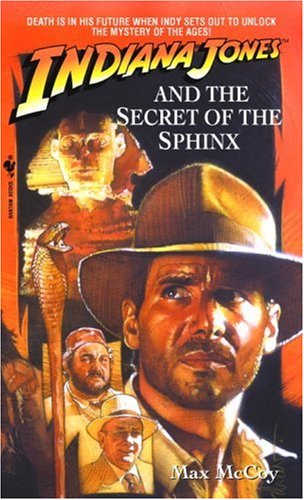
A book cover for Indiana Jones and the Secret of the Sphinx; Max McCoy; Literature & Fiction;